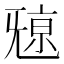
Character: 𣄷